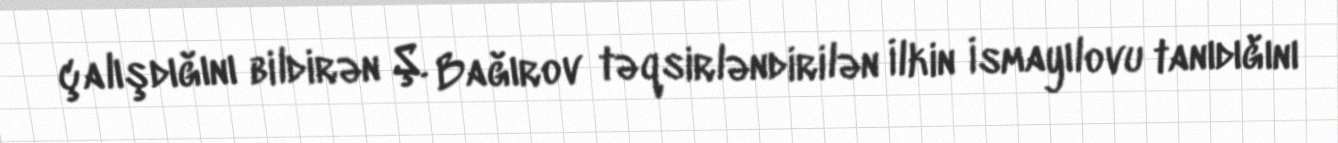
çalışdığını bildirən Ş. Bağırov təqsirləndirilən İlkin İsmayılovu tanıdığını